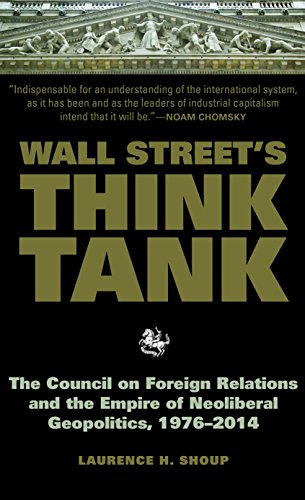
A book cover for Wall Street's Think Tank: The Council on Foreign Relations and the Empire of Neoliberal Geopolitics, 1976-2014; Laurence H. Shoup; Business & Money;